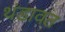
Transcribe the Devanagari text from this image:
थंडावत